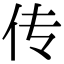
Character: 传